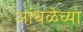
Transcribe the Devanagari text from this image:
आंधळेच्या